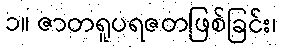
၁။ ဇာတရူပရဇတဖြစ်ခြင်း၊